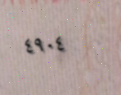
٤٩٠٤